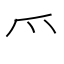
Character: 爫